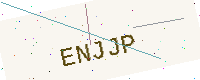
Text: ENJJP